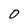
Character: O